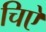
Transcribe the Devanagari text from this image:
चिऐ